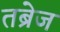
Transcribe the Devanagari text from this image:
तब्रेज